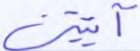
آتيتني